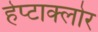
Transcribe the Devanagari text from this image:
हेप्‍टाक्‍लोर